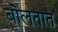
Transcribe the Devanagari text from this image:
बॊलतात